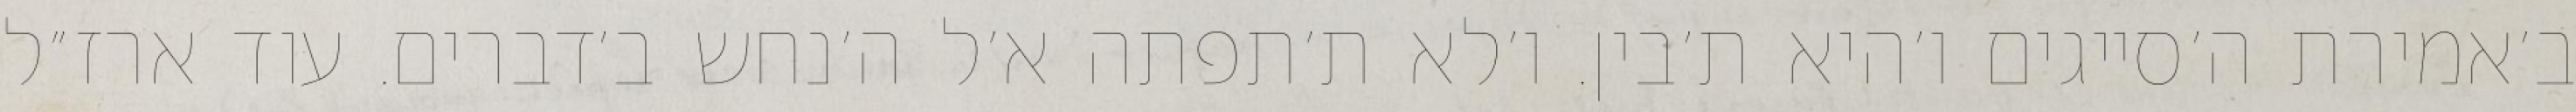
ב׳אמירת ה׳סייגים ו׳היא ת׳בין. ו׳לא ת׳תפתה א׳ל ה׳נחש ב׳דברים. עוד ארז״ל